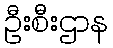
ဦးစီးဌာန